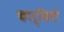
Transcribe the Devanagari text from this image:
कार्बियों